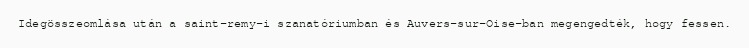
Idegösszeomlása után a saint-remy-i szanatóriumban és Auvers-sur-Oise-ban megengedték, hogy fessen.